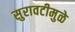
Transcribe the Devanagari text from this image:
सुरावटीमुळे